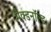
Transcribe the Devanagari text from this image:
मैक्डनॉल्ड